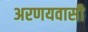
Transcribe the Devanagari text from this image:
अरणयवासी